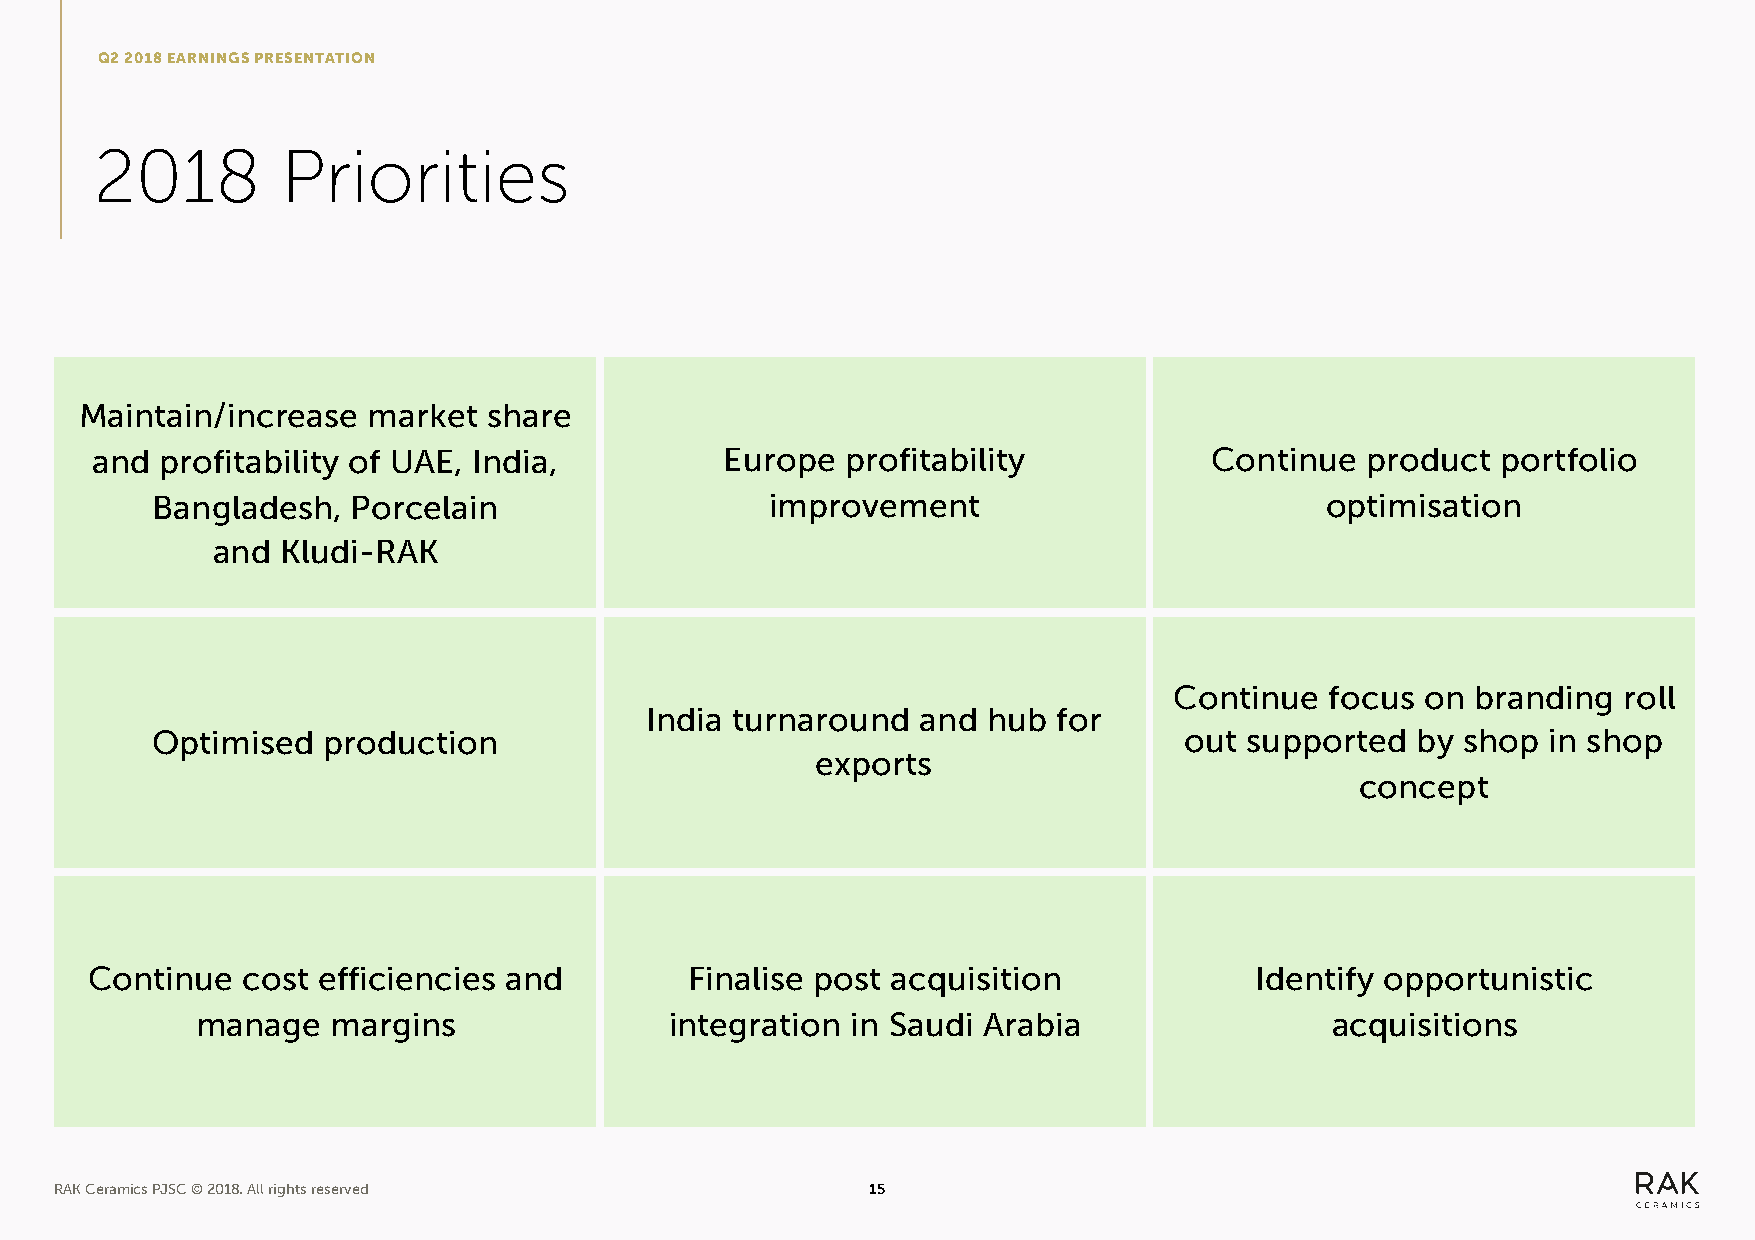
Q2 2018 EARNINGS PRESENTATION
 2018         Priorities
 Maintain/increase  market  share
 and  profitability of UAE, India,         Europe  profitability           Continue  product  portfolio
 Bangladesh,  Porcelain                   improvement                          optimisation
 and  Kludi-RAK
 Continue  focus on  branding roll
 India turnaround  and hub  for
 Optimised  production                                               out supported   by shop in shop
 exports
 concept
 Continue  cost efficiencies and         Finalise post acquisition            Identify opportunistic
 manage   margins               integration in Saudi Arabia                 acquisitions
 RAK Ceramics PJSC © 2018. All rights reserved         15